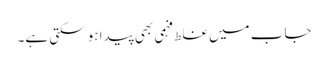
جاب میں غلط فہمی بھی پیدا ہو سکتی ہے۔